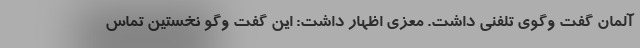
آلمان گفت وگوی تلفنی داشت. معزی اظهار داشت: این گفت وگو نخستین تماس